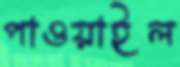
পাওয়াইল